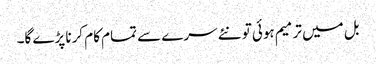
بل میں ترمیم ہوئی تو نئے سرے سے تمام کام کرنا پڑے گا۔